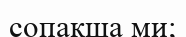
сопақша ми;